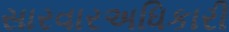
સારવારઅધિકારી